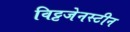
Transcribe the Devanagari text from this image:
विट्टजेनस्टीन